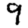
Digit: 9